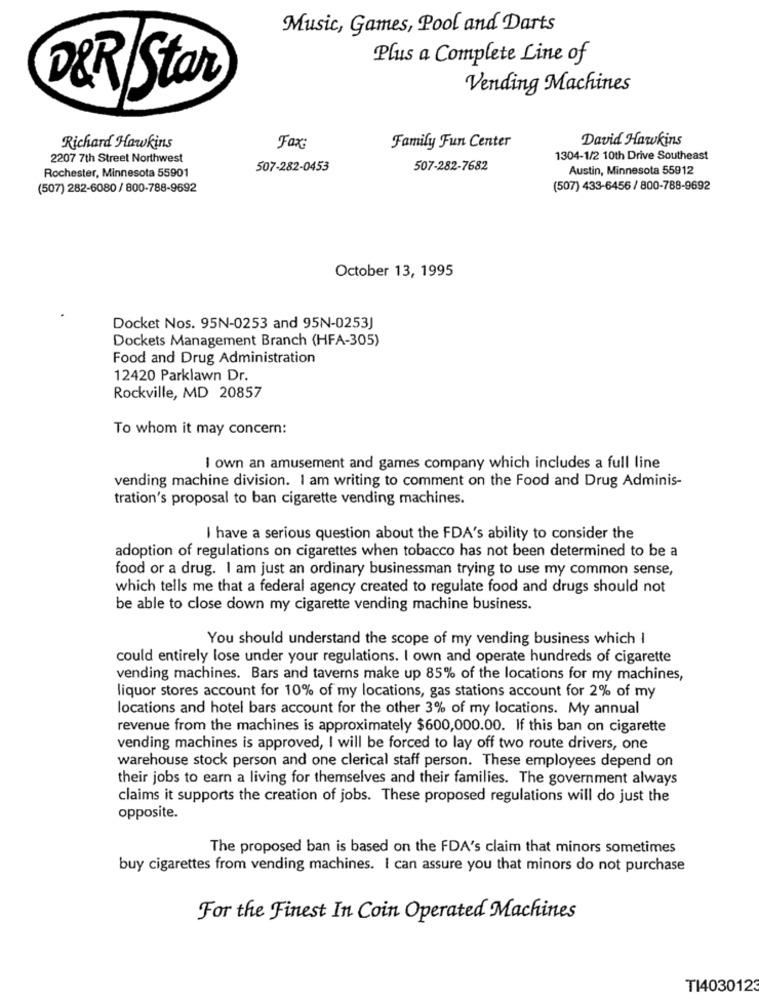
Music, Games, Pool and Darts
Plus a Complete Line of
D&R/Star
Vending Machines
Richard Hawkins
David Hawkins
Fax:
Family Fun Center
2207 7th Street Northwest
1304-1/2 10th Drive Southeast
Rochester, Minnesota 55901
507-282-0453
507-282-7682
Austin, Minnesota 55912
(507) 282-6080/ 800-788-9692
(507) 433-6456 / 800-788-9692
October 13, 1995
Docket Nos. 95N-0253 and 95N-0253J
Dockets Management Branch (HFA-305)
Food and Drug Administration
12420 Parklawn Dr.
Rockville, MD 20857
To whom it may concern:
I own an amusement and games company which includes a full line
vending machine division. I am writing to comment on the Food and Drug Adminis-
tration's proposal to ban cigarette vending machines.
I have a serious question about the FDA's ability to consider the
adoption of regulations on cigarettes when tobacco has not been determined to be a
food or a drug. I am just an ordinary businessman trying to use my common sense,
which tells me that a federal agency created to regulate food and drugs should not
be able to close down my cigarette vending machine business.
You should understand the scope of my vending business which I
could entirely lose under your regulations. I own and operate hundreds of cigarette
vending machines. Bars and taverns make up 85% of the locations for my machines,
liquor stores account for 10% of my locations, gas stations account for 2% of my
locations and hotel bars account for the other 3% of my locations. My annual
revenue from the machines is approximately $600,000.00. If this ban on cigarette
vending machines is approved, I will be forced to lay off two route drivers, one
warehouse stock person and one clerical staff person. These employees depend on
their jobs to earn a living for themselves and their families. The government always
claims it supports the creation of jobs. These proposed regulations will do just the
opposite.
The proposed ban is based on the FDA's claim that minors sometimes
buy cigarettes from vending machines. I can assure you that minors do not purchase
For the Finest In Coin Operated Machines
T14030123